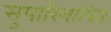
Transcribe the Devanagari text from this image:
सुपारिभाषित